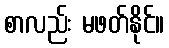
စာလည်း မဖတ်နိုင်။